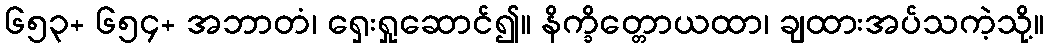
၆၅၃+ ၆၅၄+ အဘာတံ၊ ရှေးရှုဆောင်၍။ နိက္ခိတ္တောယထာ၊ ချထားအပ်သကဲ့သို့။